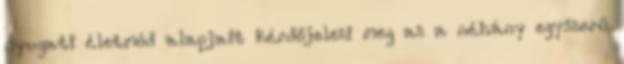
nyugati életmód alapjait kérdőjelezi meg az a néhány egyszerű